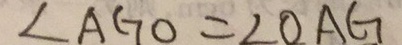
\angle A G O = \angle O A G